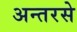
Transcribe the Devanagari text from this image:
अन्तरसे